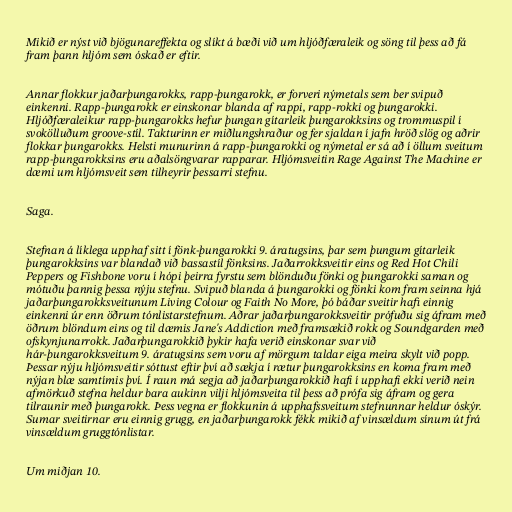
Mikið er nýst við bjögunareffekta og slíkt á bæði við um hljóðfæraleik og söng til þess að fá
fram þann hljóm sem óskað er eftir.

Annar flokkur jaðarþungarokks, rapp-þungarokk, er forveri nýmetals sem ber svipuð
einkenni. Rapp-þungarokk er einskonar blanda af rappi, rapp-rokki og þungarokki.
Hljóðfæraleikur rapp-þungarokks hefur þungan gítarleik þungarokksins og trommuspil í
svokölluðum groove-stíl. Takturinn er miðlungshraður og fer sjaldan í jafn hröð slög og aðrir
flokkar þungarokks. Helsti munurinn á rapp-þungarokki og nýmetal er sá að í öllum sveitum
rapp-þungarokksins eru aðalsöngvarar rapparar. Hljómsveitin Rage Against The Machine er
dæmi um hljómsveit sem tilheyrir þessarri stefnu.

Saga.

Stefnan á líklega upphaf sitt í fönk-þungarokki 9. áratugsins, þar sem þungum gítarleik
þungarokksins var blandað við bassastíl fönksins. Jaðarrokksveitir eins og Red Hot Chili
Peppers og Fishbone voru í hópi þeirra fyrstu sem blönduðu fönki og þungarokki saman og
mótuðu þannig þessa nýju stefnu. Svipuð blanda á þungarokki og fönki kom fram seinna hjá
jaðarþungarokksveitunum Living Colour og Faith No More, þó báðar sveitir hafi einnig
einkenni úr enn öðrum tónlistarstefnum. Aðrar jaðarþungarokksveitir prófuðu sig áfram með
öðrum blöndum eins og til dæmis Jane's Addiction með framsækið rokk og Soundgarden með
ofskynjunarrokk. Jaðarþungarokkið þykir hafa verið einskonar svar við
hár-þungarokksveitum 9. áratugsins sem voru af mörgum taldar eiga meira skylt við popp.
Þessar nýju hljómsveitir sóttust eftir því að sækja í rætur þungarokksins en koma fram með
nýjan blæ samtímis því. Í raun má segja að jaðarþungarokkið hafi í upphafi ekki verið nein
afmörkuð stefna heldur bara aukinn vilji hljómsveita til þess að prófa sig áfram og gera
tilraunir með þungarokk. Þess vegna er flokkunin á upphafssveitum stefnunnar heldur óskýr.
Sumar sveitirnar eru einnig grugg, en jaðarþungarokk fékk mikið af vinsældum sínum út frá
vinsældum gruggtónlistar.

Um miðjan 10.